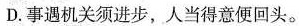
D.事遇机关须进步，人当得意便回头。